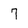
Character: 7